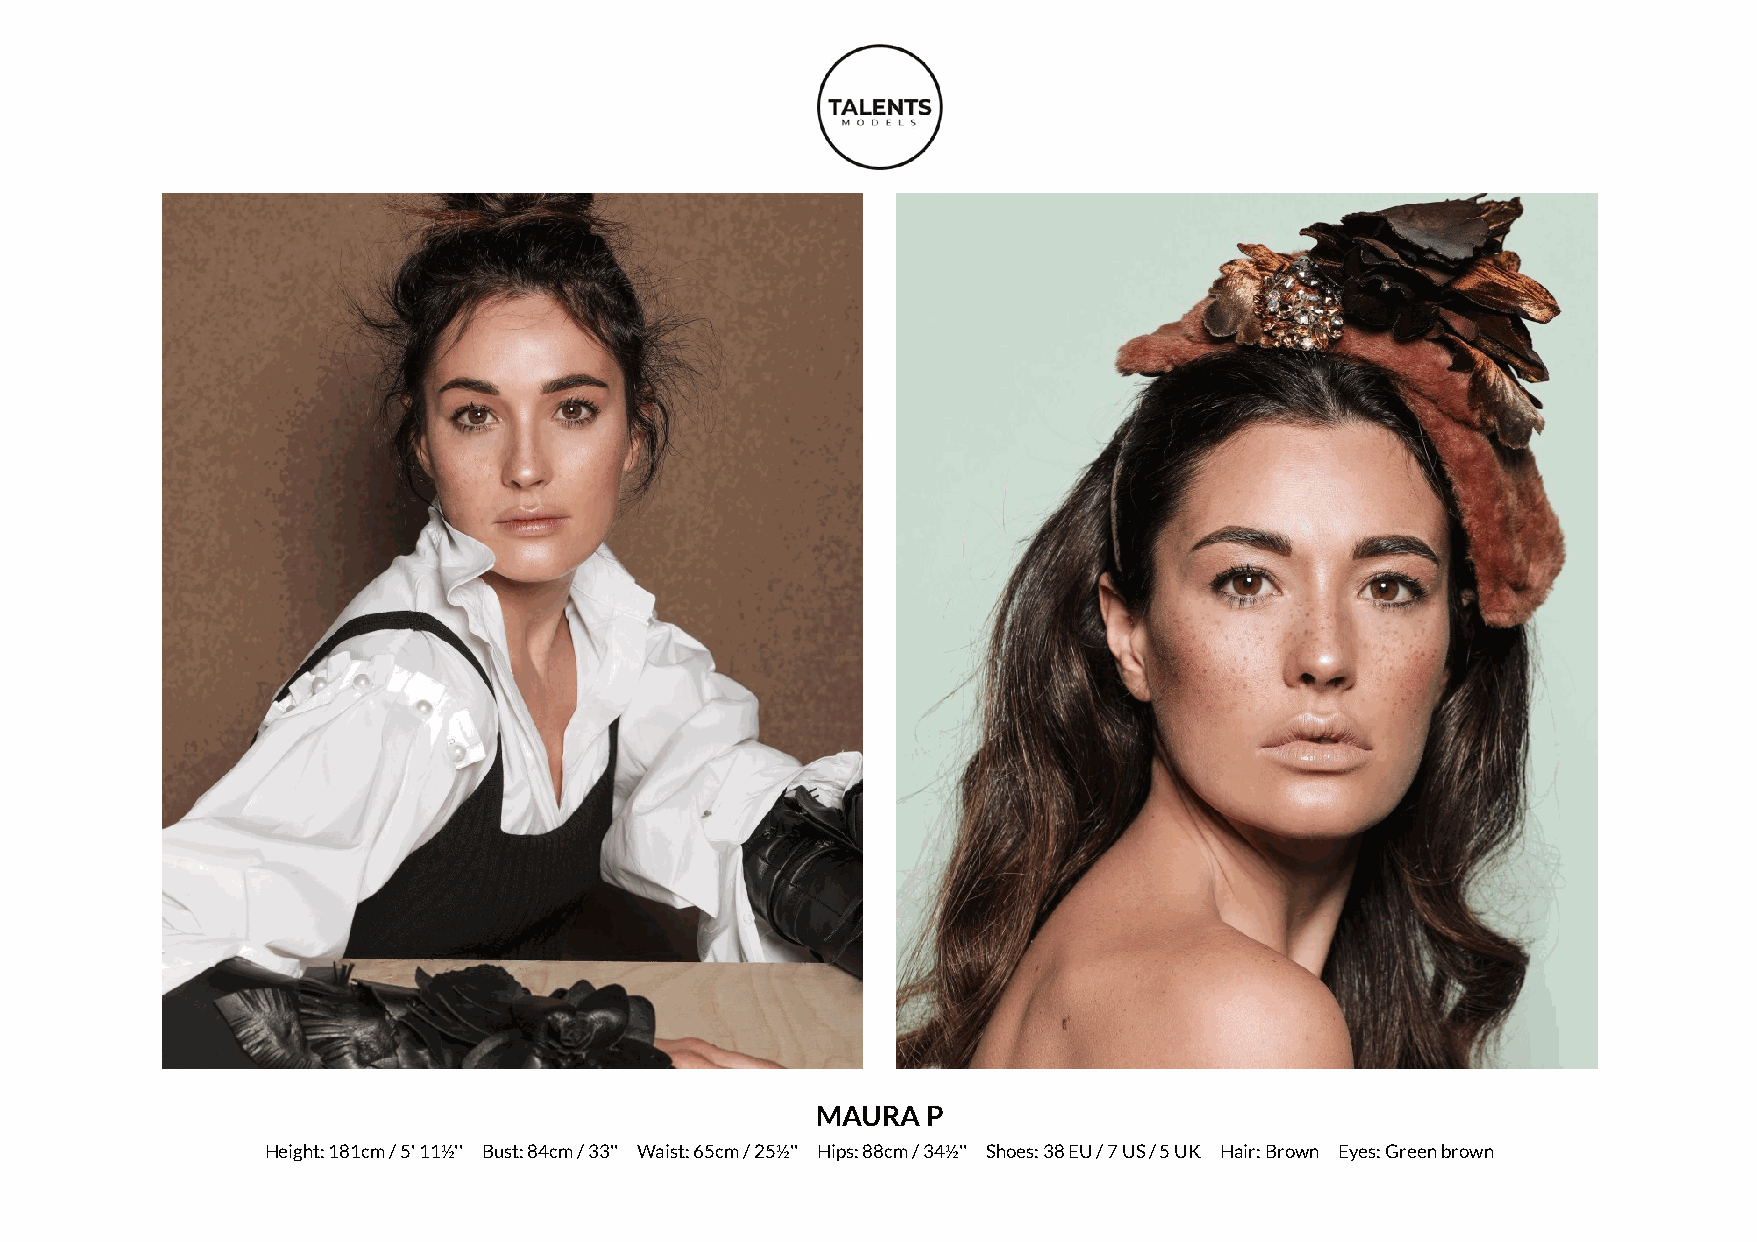
MAURA  P
 Height: 181cm / 5' 11½'' Bust: 84cm / 33'' Waist: 65cm / 25½'' Hips: 88cm / 34½'' Shoes: 38 EU / 7 US / 5 UK Hair: Brown Eyes: Green brown